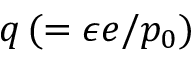
q \, ( = \epsilon e / p _ { 0 } )